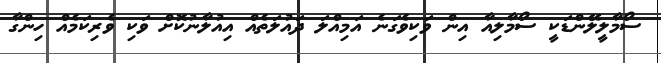
ސޯމާލީލޭންޑަކީ ސޯމާލިއާ އިން ވަކިވެގަނެ އަމިއްލަ ދައުލަތެއް އިއުލާނުކޮށް ވަކި ވެރިކަމެއް ހިންގާ